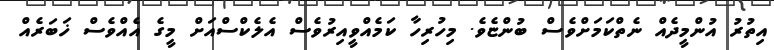
އިތުރު އުންމީދެއް ނެތްކަމަށްވެސް ބުންޏެވެ. މިހުރިހާ ކަމެއްވީއިރުވެސް އެލެކްސްއަށް މީގެ އެއްވެސް ޚަބަރެއް